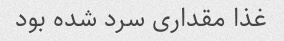
غذا مقداری سرد شده بود